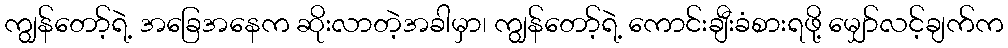
ကျွန်တော့်ရဲ့ အခြေအနေက ဆိုးလာတဲ့အခါမှာ၊ ကျွန်တော့်ရဲ့ ကောင်းချီးခံစားရဖို့ မျှော်လင့်ချက်က